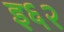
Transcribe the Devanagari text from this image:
इ६२